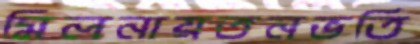
মিলনায়তনভর্তি